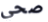
صحي